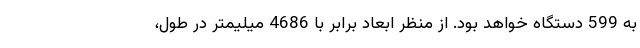
به 599 دستگاه خواهد بود. از منظر ابعاد برابر با 4686 میلیمتر در طول،